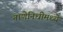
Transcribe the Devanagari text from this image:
नाणेनिधीमध्ये